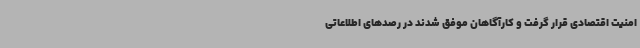
امنیت اقتصادی قرار گرفت و کارآگاهان موفق شدند در رصدهای اطلاعاتی